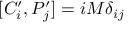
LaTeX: [ C _ { i } ^ { \prime } , P _ { j } ^ { \prime } ] = i M \delta _ { i j }